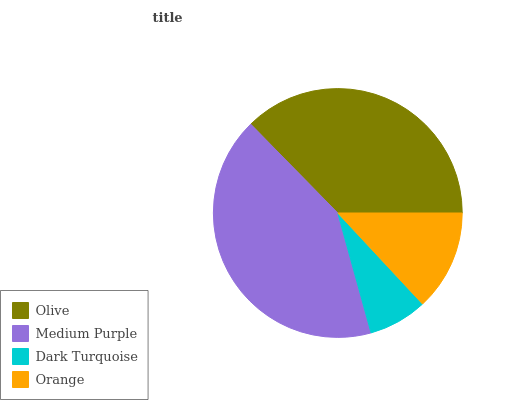
| Olive | Medium Purple | Dark Turquoise | Orange |
 | --- | --- | --- | --- |
 | 37.4% | 42% | 7.62% | 13.1% |